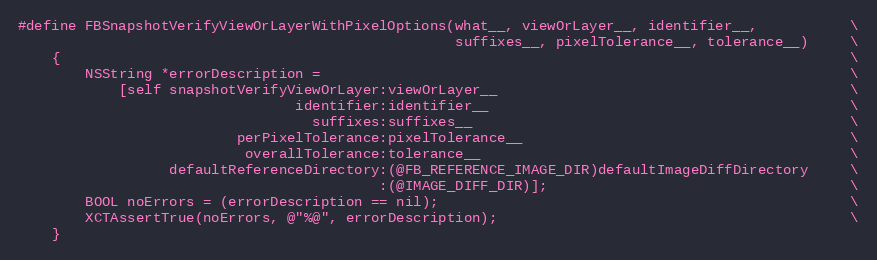
Language: C
#define FBSnapshotVerifyViewOrLayerWithPixelOptions(what__, viewOrLayer__, identifier__,           \
                                                    suffixes__, pixelTolerance__, tolerance__)     \
    {                                                                                              \
        NSString *errorDescription =                                                               \
            [self snapshotVerifyViewOrLayer:viewOrLayer__                                          \
                                 identifier:identifier__                                           \
                                   suffixes:suffixes__                                             \
                          perPixelTolerance:pixelTolerance__                                       \
                           overallTolerance:tolerance__                                            \
                  defaultReferenceDirectory:(@FB_REFERENCE_IMAGE_DIR)defaultImageDiffDirectory     \
                                           :(@IMAGE_DIFF_DIR)];                                    \
        BOOL noErrors = (errorDescription == nil);                                                 \
        XCTAssertTrue(noErrors, @"%@", errorDescription);                                          \
    }